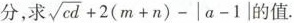
分，求 $$ \sqrt {cd} + 2 ( m + n ) - | a - 1 | $$ 的值。